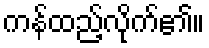
ကန်ထည့်လိုက်၏။